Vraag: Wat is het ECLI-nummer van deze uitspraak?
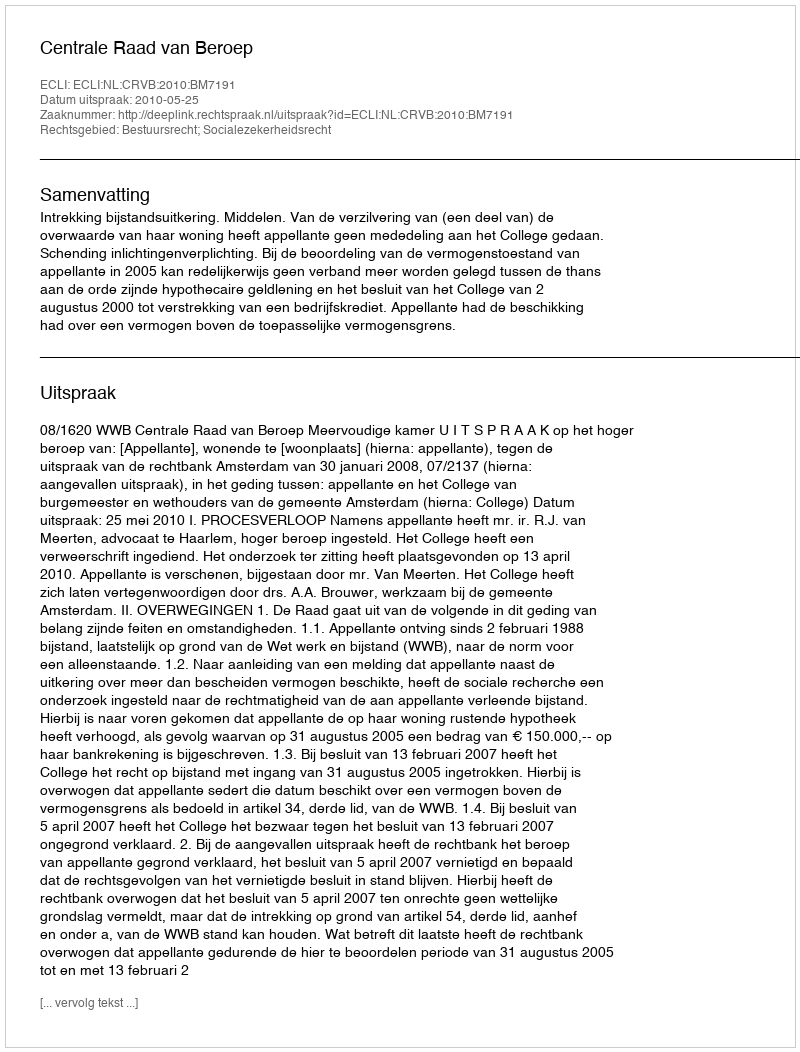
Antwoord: ECLI:NL:CRVB:2010:BM7191